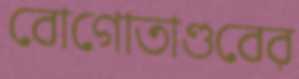
বোগোতাণ্ডবের